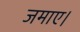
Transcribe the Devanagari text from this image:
जमाए।